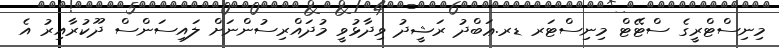
މިނިސްޓްރީގެ ސްޓޭޓް މިނިސްޓަރ ޑރ.ޢަބްދު ރަޝީދު ވިދާޅުވީ މުދައްރިސުންނަށް ލައިސަންސް ދޫކުރާއިރު އެ